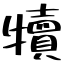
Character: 犢